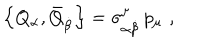
\left\{ Q _ { \alpha } , \bar { Q } _ { \dot { \beta } } \right\} = \sigma _ { \alpha \dot { \beta } } ^ { \mu } \, p _ { \mu } \, \, ,